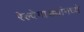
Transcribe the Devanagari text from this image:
रेल्वेगाड्यांमध्ये